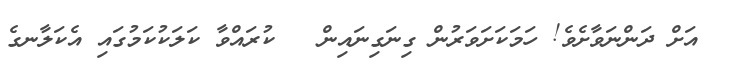
އަށް ދަންނަވާށެވެ! ހަމަކަށަވަރުން ގިނަގިނައިން   ކުރައްވާ ކަލަކުކަމުގައި އެކަލާނގެ